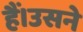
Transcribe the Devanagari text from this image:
हैं।उसने